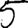
Digit: 5